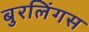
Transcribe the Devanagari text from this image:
बुरलिंगस